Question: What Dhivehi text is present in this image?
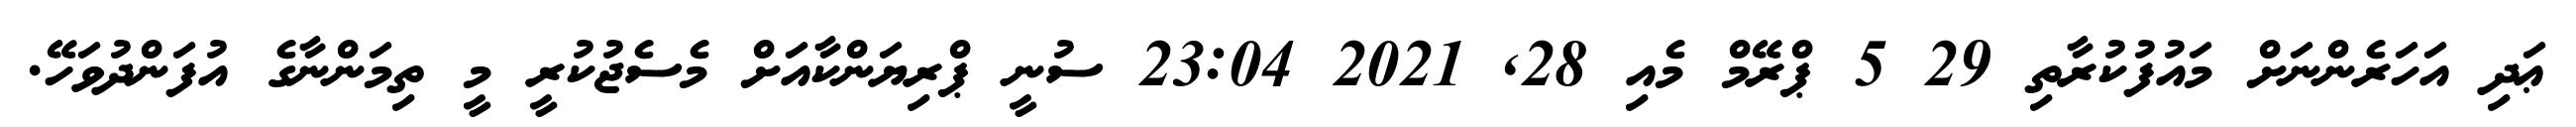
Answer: ޢަދި އަހަރެންނަށް މައުފުކުރާތި 29 5 ޕްރޭމް މެއި 28, 2021 23:04 ސުނީ ޕްރިޔަންކާއަށް މެސެޖުކުރީ މީ ތިމަންނާގެ އުފަންދުވަހޭ.